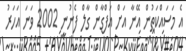
އެ މަސައްކަތުން އޭނާ އަށް އަފްގާން ގާލް ފެނުނީ 2002 ވަނަ އަހަރު